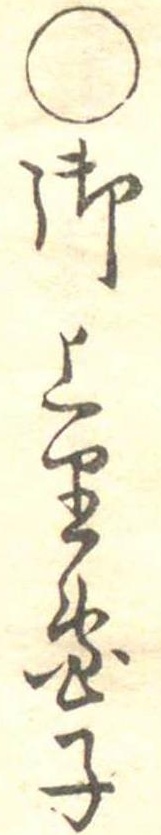
○御上り団子